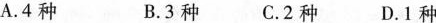
A.4种 B.3种C.2种 D.1种